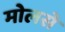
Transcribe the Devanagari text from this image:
मोलसे